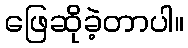
ဖြေဆိုခဲ့တာပါ။